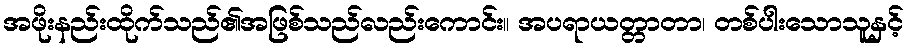
အဖိုးနည်းထိုက်သည်၏အဖြစ်သည်လည်းကောင်း။ အပရာယတ္တာတာ၊ တစ်ပါးသောသူနှင့်